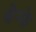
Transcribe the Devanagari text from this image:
बेन्फे